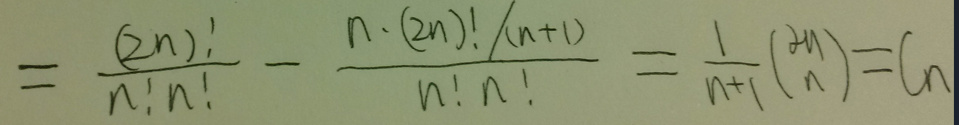
\[
= \frac{(2n)!}{n!n!} - \frac{n\cdot(2n)!/(n + 1)}{n!n!} = \frac{1}{n + 1}\binom{2n}{n}=C_n
\]